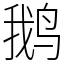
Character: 鹅